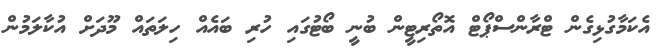
އެކަމާގުޅިގެން ޓްރާންސްޕޯޓް އޮތޯރިޓީން ބުނީ ބޯޓުގައި ހުރި ބައެއް ހިލަތައް މޫދަށް އުކާލަމުން